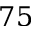
7 5